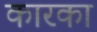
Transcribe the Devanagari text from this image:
कारका